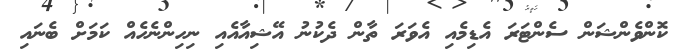
ކޮންވެންޝަން ސެންޓަރަ އެޑިމެއި އެވަރަ ތާން ދެކުނު އޭޝިއާއެއި ނިހިންނެހެއް ކަމަށް ބެނައި